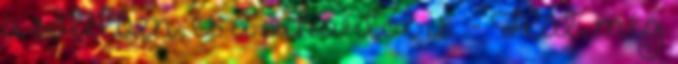
a sötétben, és a vihartól is. - Hát, még